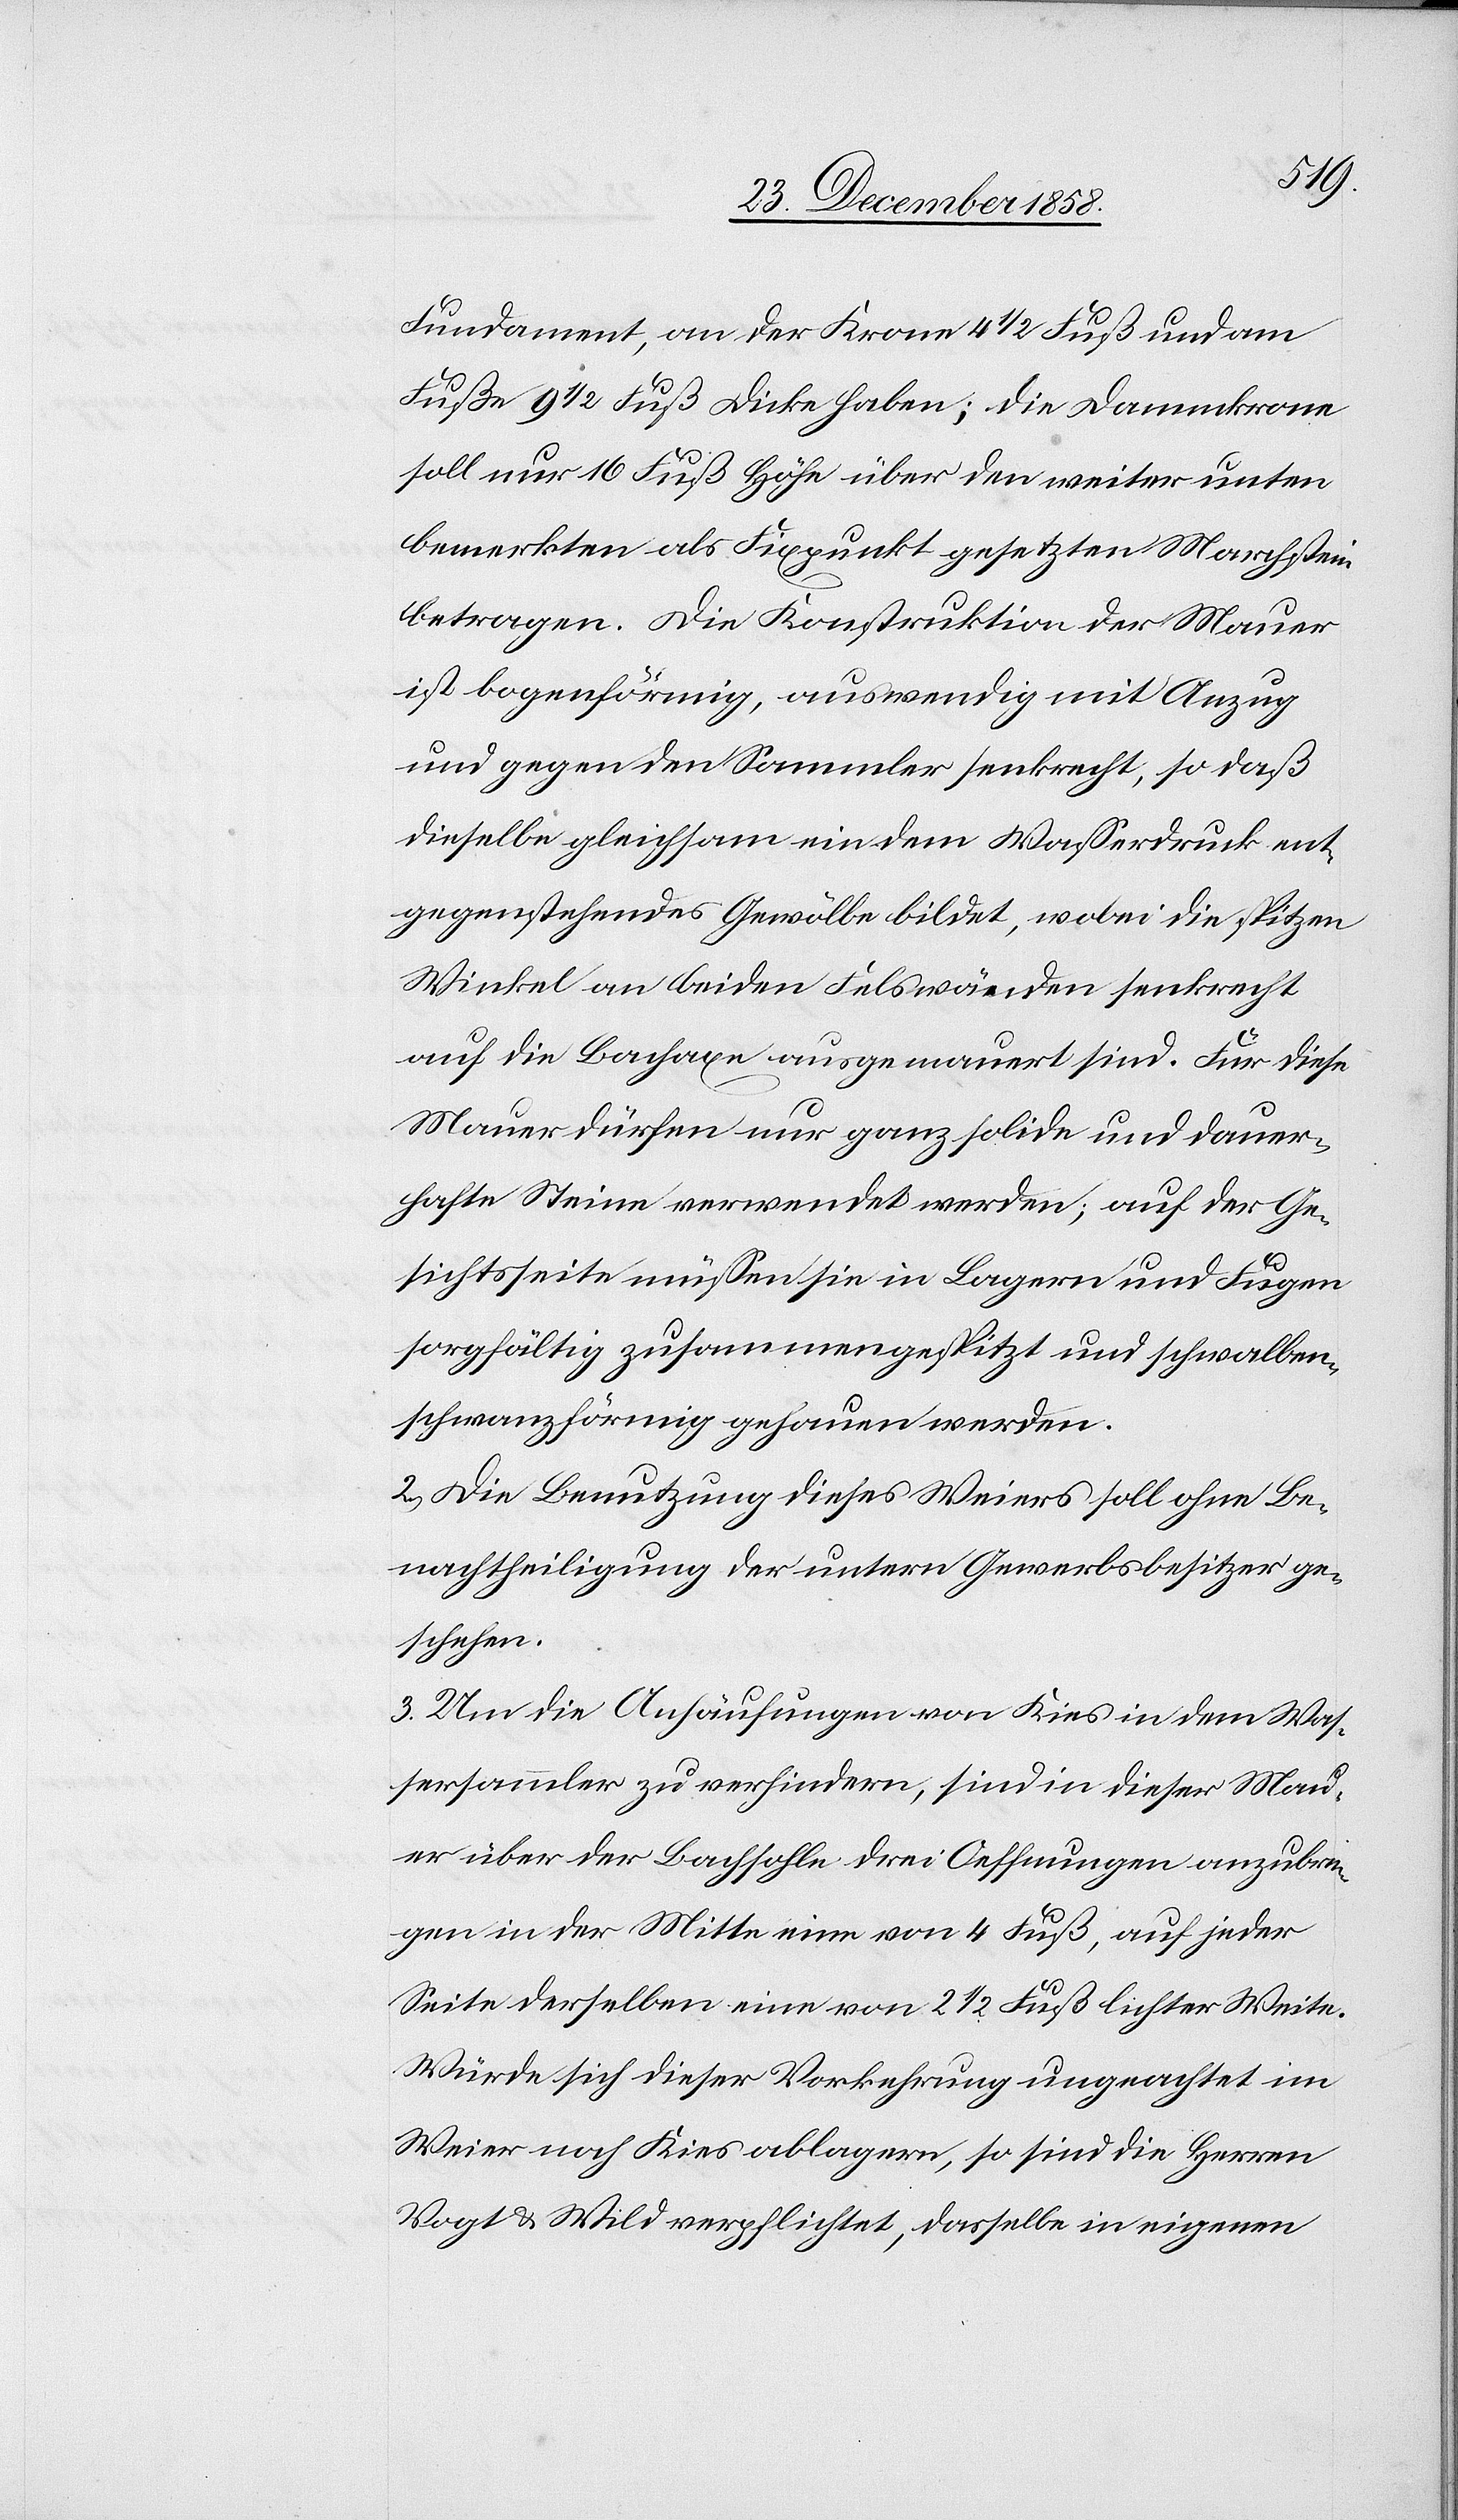
Fundament, an der Krone 4 1/2 Fuß und am
Fuße 9 1/2 Fuß Dicke haben; die Dammkrone
soll nur 16 Fuß Höhe über den weiter unten
bemerkten als Fixpunkt gesetzten Marchstein
betragen. Die Konstruktion der Mauer
ist bogenförmig, auswendig mit Anzug
und gegen den Sammler senkrecht, so daß
dieselbe gleichsam ein dem Wasserdruck ent¬
gegenstehendes Gewölbe bildet, wobei die spitzen
Winkel an beiden Felswänden senkrecht
auf die Bachaxe ausgemauert sind. Für diese
Mauer dürfen nur ganz solide und dauer¬
hafte Steine verwendet werden; auf der Ge¬
sichtsseite müssen sie in Lagern und Fugen
sorgfältig zusammengespitzt und schwalben¬
schwanzförmig gehauen werden.
2.) Die Benutzung dieses Weiers soll ohne Be¬
nachtheiligung der untern Gewerbsbesitzer ge¬
schehen.
3.) Um die Anhäufungen von Kies in dem Was¬
sersammler zu verhindern, sind in dieser Mau¬
er über der Bachsohle drei Oeffnungen anzubrin¬
gen in der Mitte eine von 4 Fuß, auf jeder
Seite derselben eine von 2 1/2 Fuß lichter Weite.
Würde sich dieser Vorkehrung ungeachtet im
Weier noch Kies ablagern, so sind die Herren
Vogt & Wild verpflichtet, dasselbe in eigenen